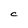
Character: C